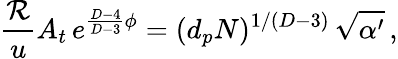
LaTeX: {\frac{\cal R}{u}}A_{t}\, e^{{\frac{D-4}{D-3}}\phi}=(d_{p}N)^{1/(D-3)}\, \sqrt{\alpha^{\prime}}\, ,